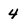
Character: 4